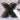
X